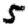
Digit: 5